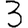
Digit: 3